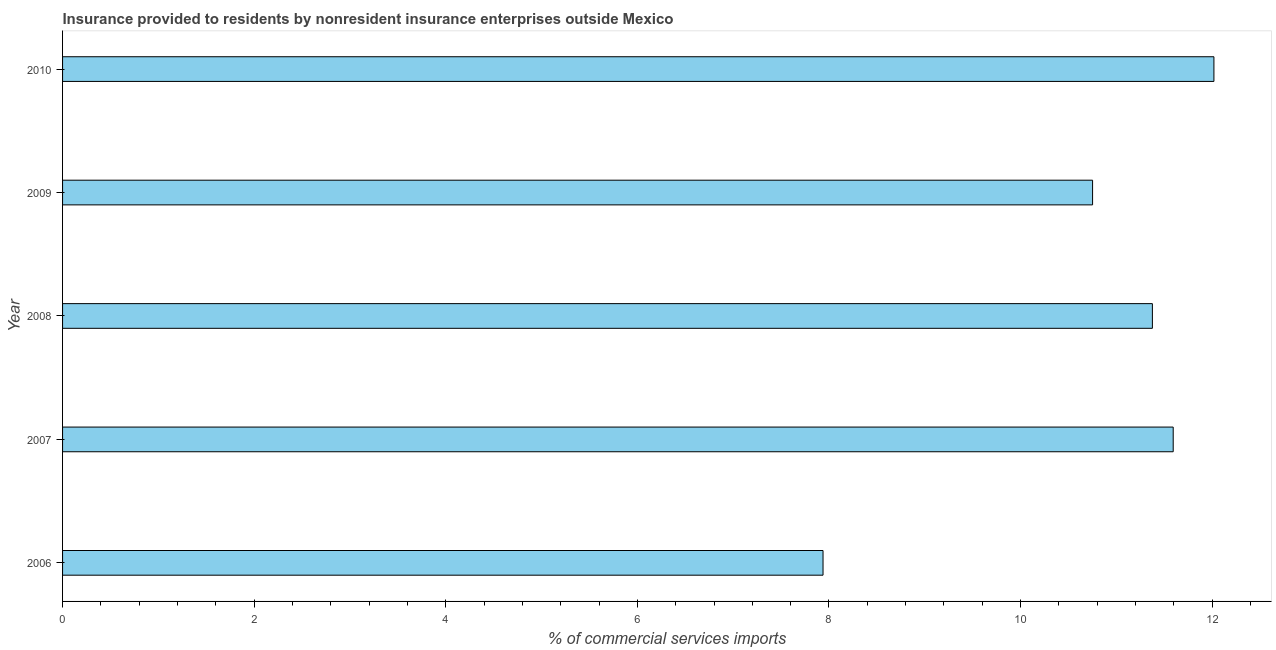
| Year | Insurance provided by non-residents |
 | --- | --- |
 | 2006 | 7.94 |
 | 2007 | 11.6 |
 | 2008 | 11.4 |
 | 2009 | 10.8 |
 | 2010 | 12 |